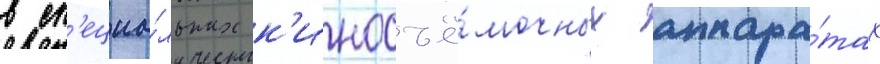
в сп'ециа́льных к'иносъё́мочных аппара́тах